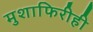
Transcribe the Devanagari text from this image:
मुशाफिरीही